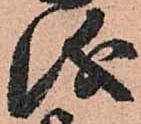
儀